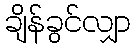
ချိန်ခွင်လျှာ